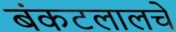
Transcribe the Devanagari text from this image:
बंकटलालचे